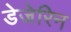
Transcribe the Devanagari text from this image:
डेजेरिन